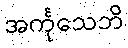
အင်္ကုသေဘိ